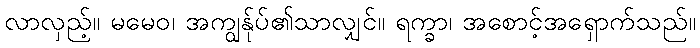
လာလှည့်။ မမေဝ၊ အကျွန်ုပ်၏သာလျှင်။ ရက္ခာ၊ အစောင့်အရှောက်သည်။